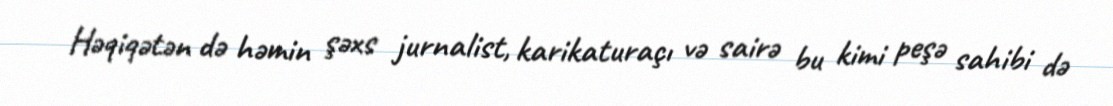
Həqiqətən də həmin şəxs jurnalist, karikaturaçı və sairə bu kimi peşə sahibi də